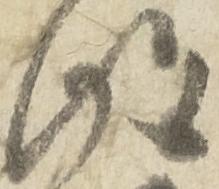
得